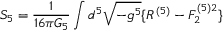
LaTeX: S _ { 5 } = \frac { 1 } { 1 6 \pi G _ { 5 } } \int d ^ { 5 } \sqrt { - g ^ { 5 } } \{ R ^ { ( 5 ) } - F _ { 2 } ^ { ( 5 ) 2 } \}